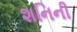
શનિની